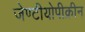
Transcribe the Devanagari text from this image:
जेण्टीयोपीक्रीन